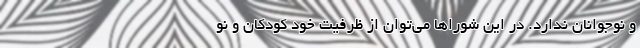
و نوجوانان ندارد. در اين شوراها مي‌توان از ظرفيت خودِ كودكان و نو